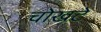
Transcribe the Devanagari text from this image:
चोखटे